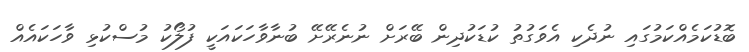
ބޮޑުކަމެއްކަމުގައި ނުދެކި އެވަގުތު ކުޑަކުދިން ބޭރަށް ނުނެރޭށޭ ބުނާވާހަކައަކީ ފުލޯކު މުސްކުޅި ވާހަކައެއް